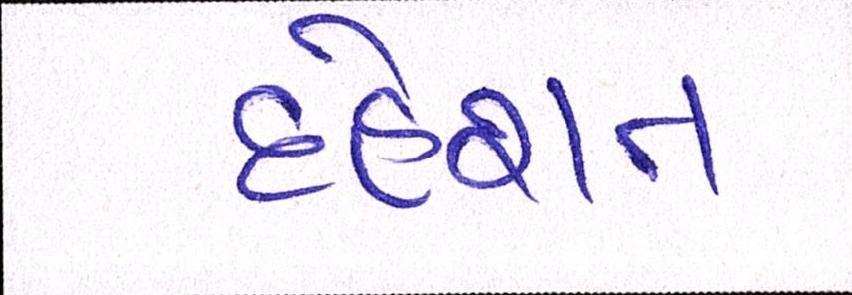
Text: દહેશત